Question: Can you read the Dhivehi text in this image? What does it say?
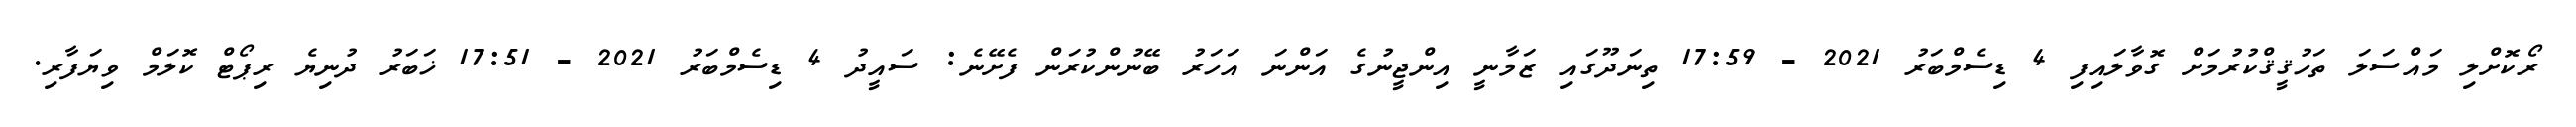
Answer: ރޯކޮށްލި މައްސަލަ ތަހުޤީޤްކުރުމަށް ގޮވާލައިފި 4 ޑިސެމްބަރު 2021 - 17:59 ތިނަދޫގައި ޒަމާނީ އިންޖީނުގެ އަންނަ އަހަރު ބޭނުންކުރަން ފެށޭނެ: ސައީދު 4 ޑިސެމްބަރު 2021 - 17:51 ޚަބަރު ދުނިޔެ ރިޕޯޓް ކޮލަމް ވިޔަފާރި.